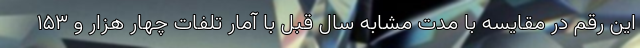
این رقم در مقایسه با مدت مشابه سال قبل با آمار تلفات چهار هزار و ۱۵۳